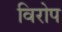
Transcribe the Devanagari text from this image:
विरोप